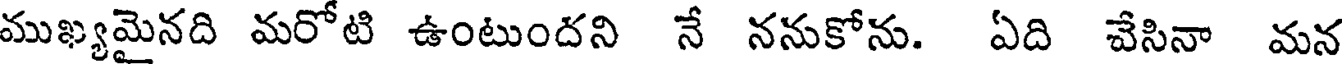
ముఖ్యమైనది మరోటి ఉంటుందని నే ననుకోను. ఏది వేసినా మన